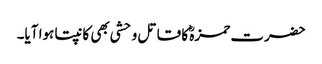
حضرت حمزہؓ کا قاتل وحشی بھی کانپتا ہوا آیا۔